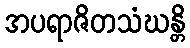
အပရာဇိတသံဃန္တိ